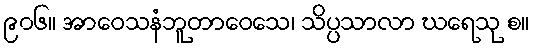
၉၀၆။ အာဝေသနံဘူတာဝေသေ၊ သိပ္ပသာလာ ဃရေသု စ။